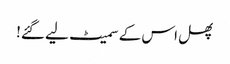
پھل اس کے سمیٹ لیے گئے!